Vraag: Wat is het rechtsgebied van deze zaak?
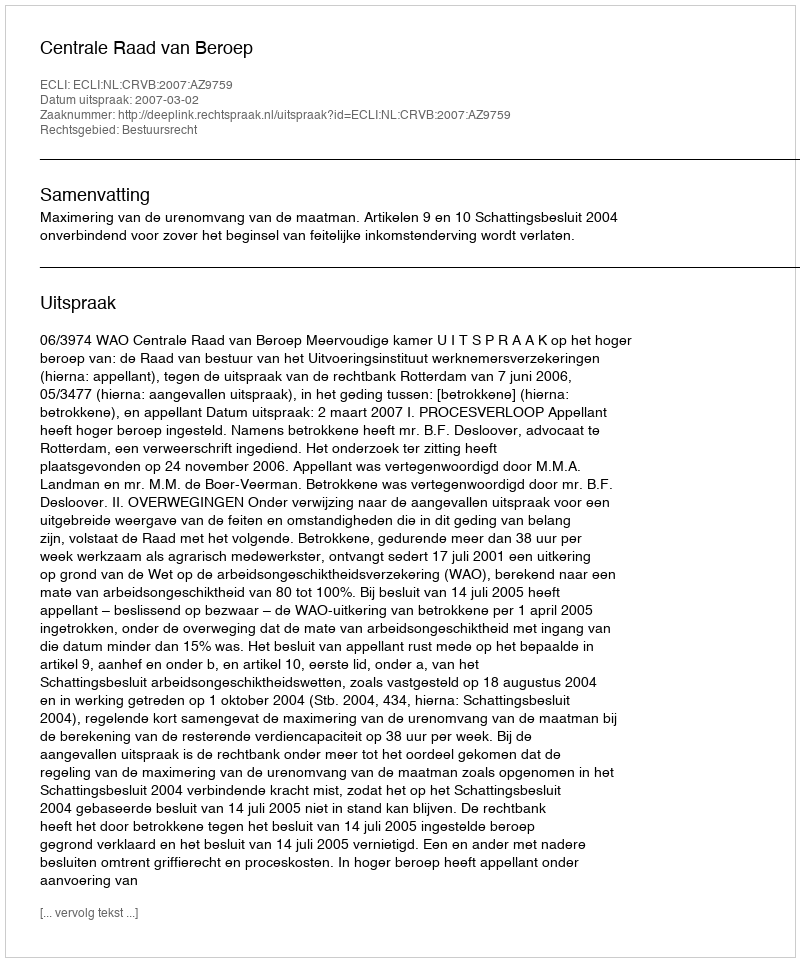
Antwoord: Bestuursrecht